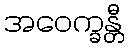
အဝေက္ခန္တီ